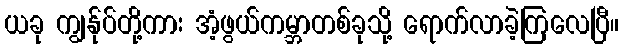
ယခု ကျွန်ုပ်တို့ကား အံ့ဖွယ်ကမ္ဘာတစ်ခုသို့ ရောက်လာခဲ့ကြလေပြီ။